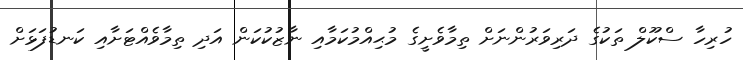
ހުރިހާ ސްކޫލް ތަކުގެ ދަރިވަރުންނަށް ތިމާވެށީގެ މުޙިއްމުކަމާއި ނާޒުކުކަން އަދި ތިމާވެއްޓަށާއި ކަނޑުފަޅަށް